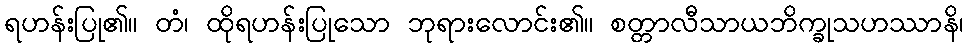
ရဟန်းပြု၏။ တံ၊ ထိုရဟန်းပြုသော ဘုရားလောင်း၏။ စတ္တာလီသာယဘိက္ခုသဟဿာနိ၊